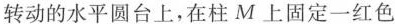
转动的水平圆台上，在柱M上固定一红色